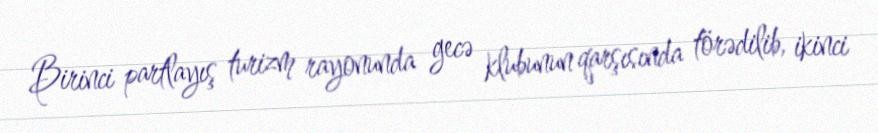
Birinci partlayış turizm rayonunda gecə klubunun qarşısında törədilib, ikinci